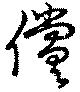
償